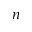
\boldsymbol { n }